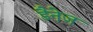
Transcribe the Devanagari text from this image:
डैनेज